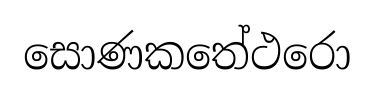
සොණකතේථරො